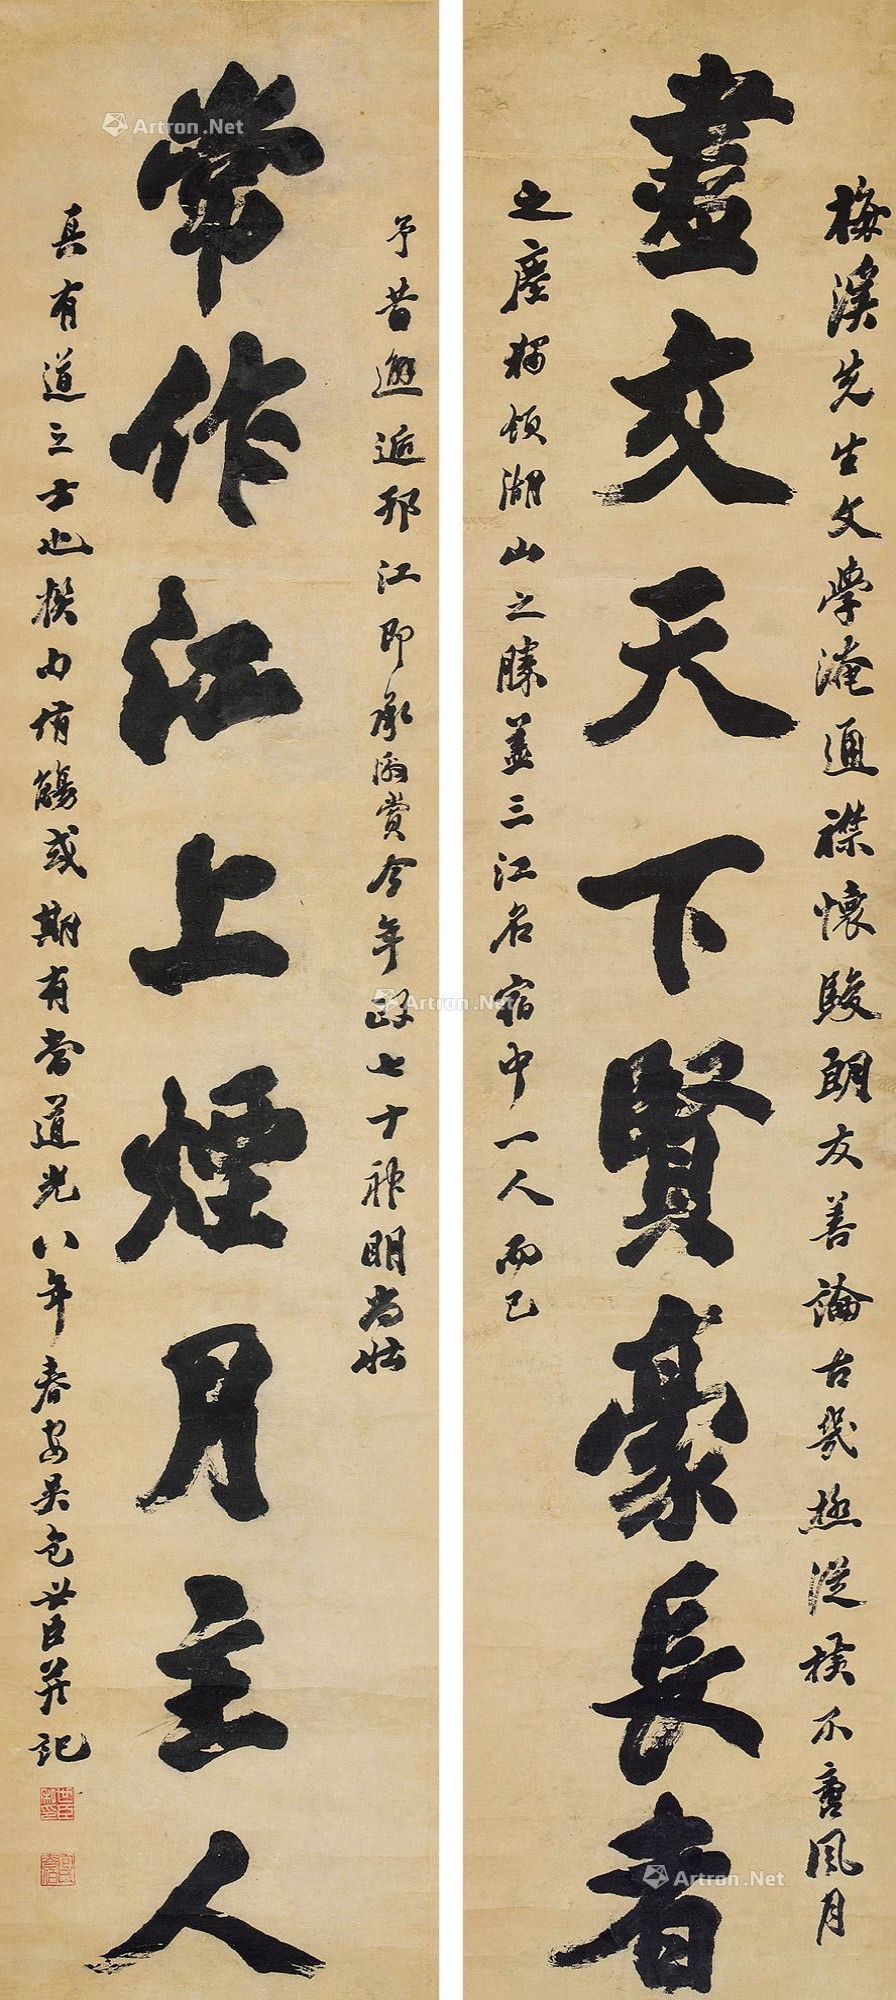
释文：尽交天下贤豪长者，常作江上烟云主人。梅溪先生文学淹通，襟怀俊朗友善，论古几极纵横，不牵风月之尘，独领湖山之胜，盖三江名宿中一人而已。予者邂逅邗江即承激赏，今年政七十，神明当壮，真有道之士也。撰句修觞或期有当。道光八年春，安吴包世臣并记。